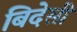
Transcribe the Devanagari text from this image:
बिदेसी